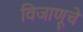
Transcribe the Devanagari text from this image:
विजाणूचे